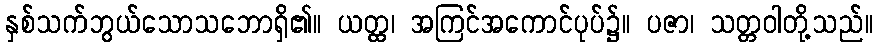
နှစ်သက်ဘွယ်သောသဘောရှိ၏။ ယတ္ထ၊ အကြင်အကောင်ပုပ်၌။ ပဇာ၊ သတ္တဝါတို့သည်။